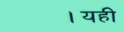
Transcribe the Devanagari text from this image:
।यही